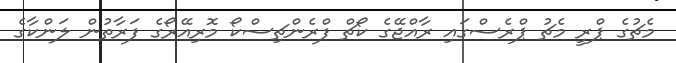
މެޗުގެ ޕްރީ މެޗު ޕްރެސްގައި ރާއްޖޭގެ ކޯޗް ފްރެންޗިސްކޯ މޮރިއޭރޯގެ ފަރާތުން ލަންކާގެ